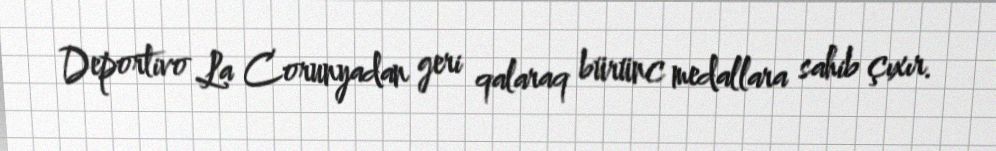
Deportivo La Corunyadan geri qalaraq bürünc medallara sahib çıxır.